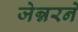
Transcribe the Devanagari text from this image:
जेन्नरने